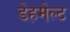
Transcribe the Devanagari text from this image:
डेहमेल्ट